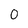
Character: 0